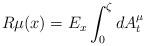
LaTeX: \begin{align*}R\mu(x)=E_x\int^{\zeta}_0dA^{\mu}_t\end{align*}